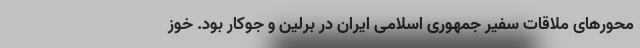
محورهای ملاقات سفیر جمهوری اسلامی ایران در برلین و جوکار بود. خوز